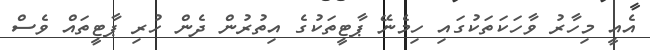
އެއީ މިހާރު ވާހަކަތަކުގައި ހިމެނޭ ޕާޓީތަކުގެ އިތުރުން ދެން ހުރި ޕާޓީތައް ވެސް